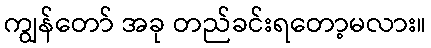
ကျွန်တော် အခု တည်ခင်းရတော့မလား။